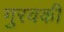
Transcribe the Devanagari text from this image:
गुरवकी